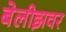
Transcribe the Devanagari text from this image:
बेलीझवर